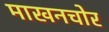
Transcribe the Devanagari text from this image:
माखनचोर